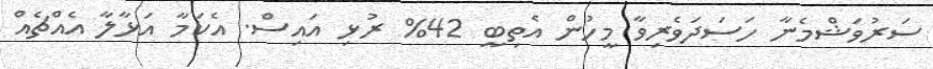
ސަރުވަޝްމެނާ ހަސަދަވެރިވާ މީހުން އެތިބީ 42% ރުޅި އައިސް. އެކަމާ އަޅާލާ އެއްޗެއް